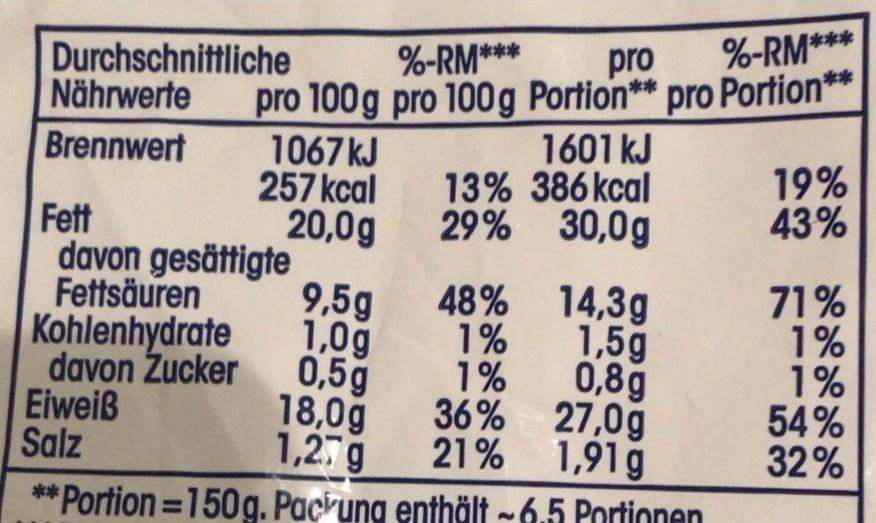
Durchschnittliche Nährwerte
%-RM***
%-RM***
pro
pro 100g pro 100g Portion** pro Portion** 1067 kJ 257 kcal 20,0g
Brennwert
1601 kJ 13% 386 kcal 29% 30,0g
19% 43%
Fett davon gesättigte Fettsäuren Kohlenhydrate davon Zucker Eiweiß Salz
9,5g 1,0g 0,5g 18,0g 1,27g 21% 1,91g
48% 14,3g 1% 1,5g 1%
71% 1% 1% 54% 32%
0,8g 36% 27,0g
**Portion =150g. Pacrung enthält -6.5 Portionen